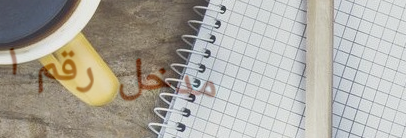
مدخل رقم ١